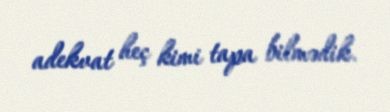
adekvat heç kimi tapa bilmədik.